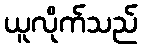
ယူလိုက်သည်